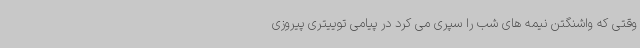
وقتی که واشنگتن نیمه های شب را سپری می کرد در پیامی توییتری پیروزی